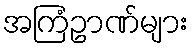
အကြံဥာဏ်များ